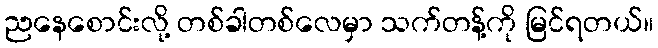
ညနေစောင်းလို့ တစ်ခါတစ်လေမှာ သက်တန့်ကို မြင်ရတယ်။